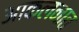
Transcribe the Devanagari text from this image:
आकलनात